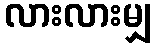
လားလားမျှ